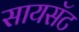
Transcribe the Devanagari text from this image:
सायसॅट